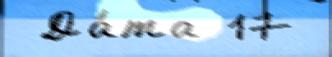
 Да́та 17